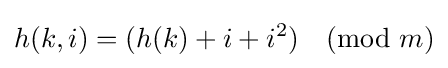
h(k,i)=(h(k)+i+i^{2}){\pmod {m}}